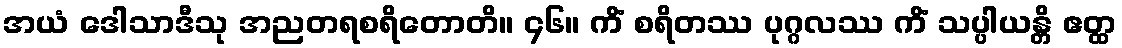
အယံ ဒေါသာဒီသု အညတရစရိတောတိ။ ၄၆။ ကိံ စရိတဿ ပုဂ္ဂလဿ ကိံ သပ္ပါယန္တိ ဧတ္ထ